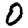
Digit: 0